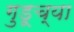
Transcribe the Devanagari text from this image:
गुडूच्या